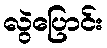
လွဲပြောင်း